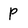
Character: P